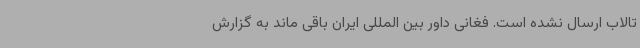
تالاب ارسال نشده است. فغانی داور بین المللی ایران باقی ماند به گزارش